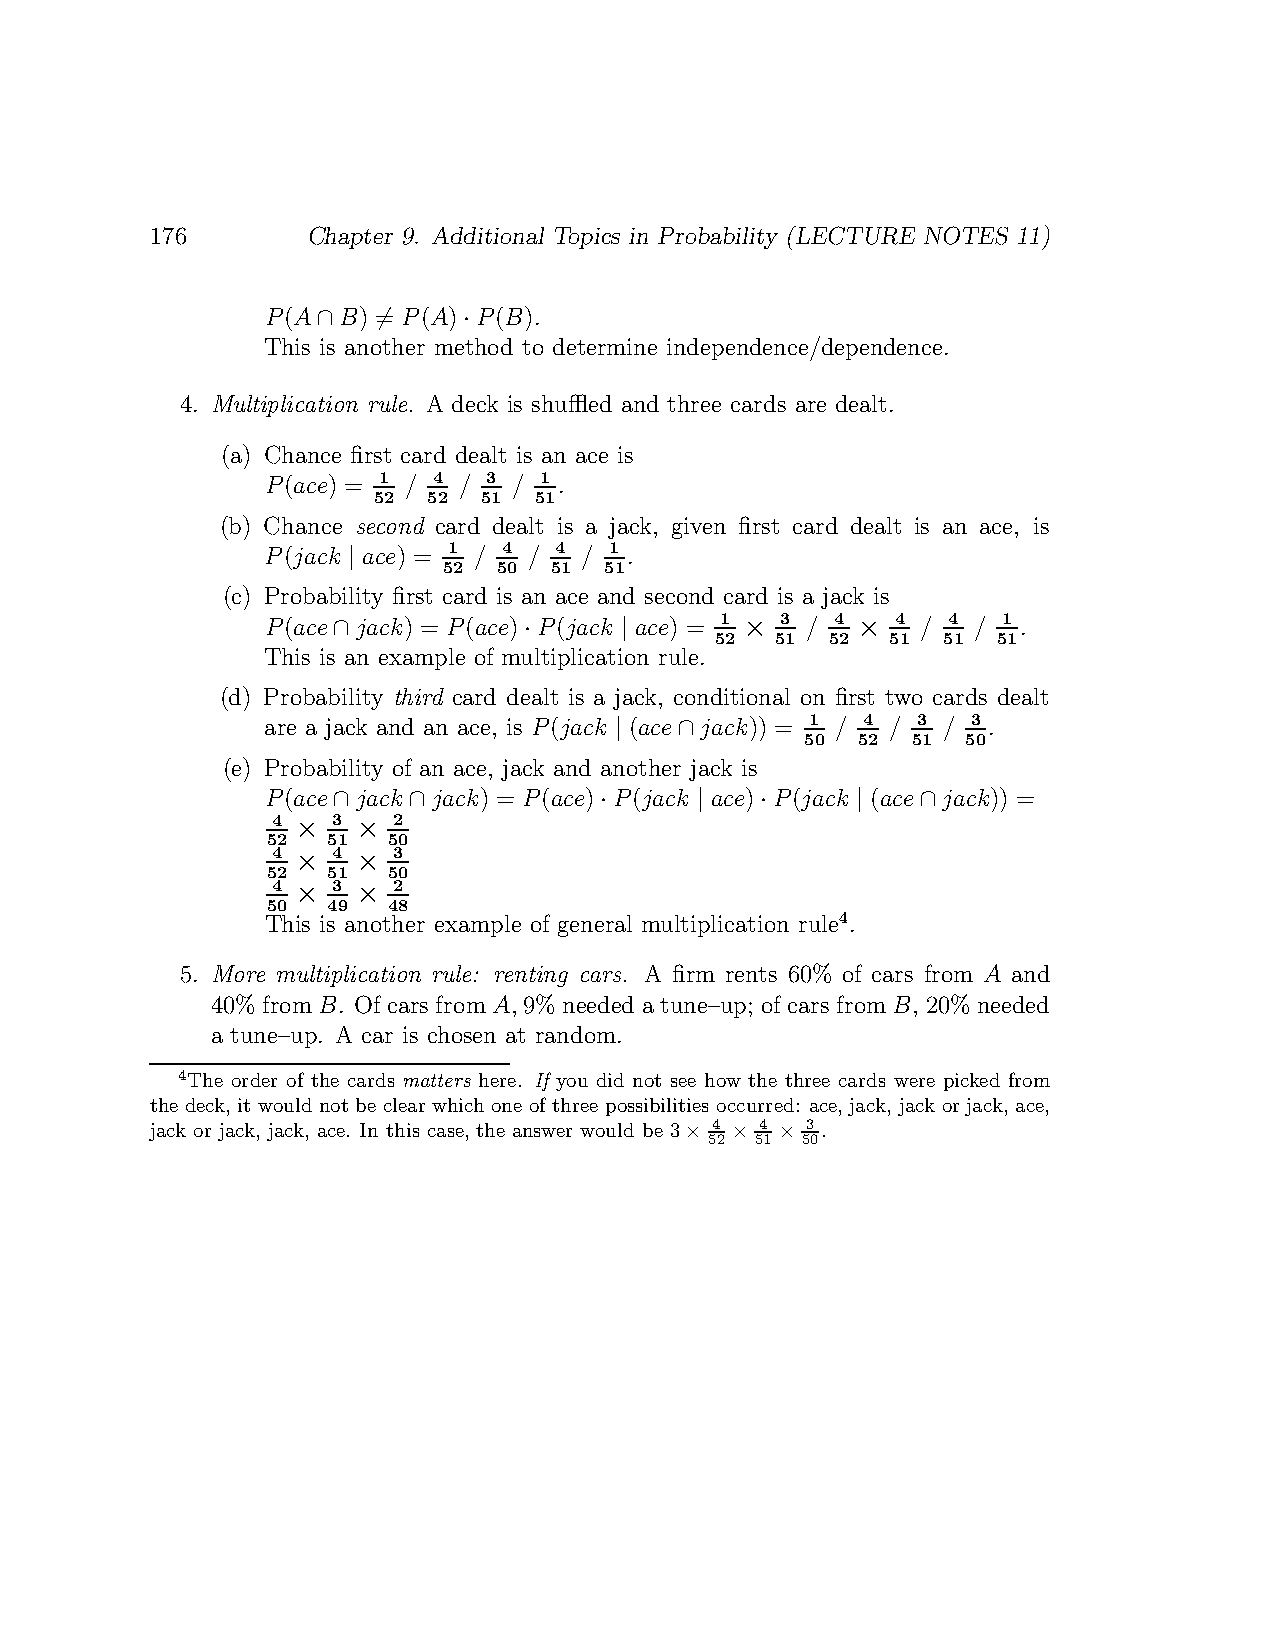
176       Chapter 9. Additional Topics in Probability (LECTURE NOTES 11)
 𝑃(𝐴∩𝐵) ∕= 𝑃(𝐴)⋅𝑃(𝐵).
 This is another method to determine independence/dependence.
 4. Multiplication rule. A deck is shuffled and three cards are dealt.
 (a) Chance first card dealt is an ace is
 𝑃(𝑎𝑐𝑒) = 1 / 4 / 3 / 1 .
 52 52  51 51
 (b) Chance second card dealt is a jack, given first card dealt is an ace, is
 𝑃(𝑗𝑎𝑐𝑘 ∣ 𝑎𝑐𝑒) = 1 / 4 / 4 / 1 .
 52  50 51  51
 (c) Probability first card is an ace and second card is a jack is
 𝑃(𝑎𝑐𝑒∩𝑗𝑎𝑐𝑘) = 𝑃(𝑎𝑐𝑒)⋅𝑃(𝑗𝑎𝑐𝑘 ∣ 𝑎𝑐𝑒) = 1 × 3 / 4 × 4 / 4 / 1 .
 52  51  52  51 51  51
 This is an example of multiplication rule.
 (d) Probability third card dealt is a jack, conditional on first two cards dealt
 are a jack and an ace, is 𝑃(𝑗𝑎𝑐𝑘 ∣ (𝑎𝑐𝑒∩𝑗𝑎𝑐𝑘)) = 1 / 4 / 3 / 3 .
 50  52 51  50
 (e) Probability of an ace, jack and another jack is
 𝑃(𝑎𝑐𝑒∩𝑗𝑎𝑐𝑘 ∩𝑗𝑎𝑐𝑘) = 𝑃(𝑎𝑐𝑒)⋅𝑃(𝑗𝑎𝑐𝑘 ∣ 𝑎𝑐𝑒)⋅𝑃(𝑗𝑎𝑐𝑘 ∣ (𝑎𝑐𝑒∩𝑗𝑎𝑐𝑘)) =
 4 × 3 × 2
 52  51  50
 4 × 4 × 3
 52  51  50
 4 × 3 × 2
 50  49  48
 This is another example of general multiplication rule4.
 5. More multiplication rule: renting cars. A firm rents 60% of cars from 𝐴 and
 40% from𝐵. Of cars from 𝐴, 9% needed a tune–up; of cars from𝐵, 20%needed
 a tune–up. A car is chosen at random.
 4The order of the cards matters here. If you did not see how the three cards were picked from
 the deck, it would not be clear which one of three possibilities occurred: ace,jack, jack or jack, ace,
 4  4  3
 jack or jack, jack, ace. In this case, the answer would be 3× × × .
 52 51 50